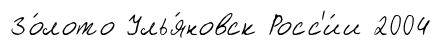
Зо́лото Улья́новск Росс'и́и 2004